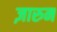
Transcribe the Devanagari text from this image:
ज़ारुन